Medical and sanitary report of the native army of Madras for the year
Year: 1872
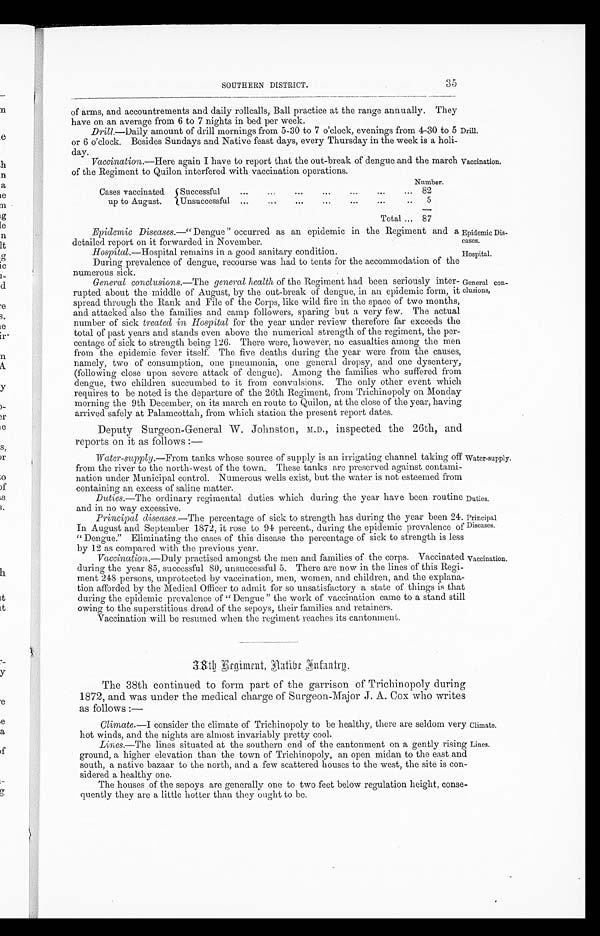
35
SOUTHERN DISTRICT
of arms, and accountrements and daily rollcalls, Ball practice at the range annually. They
have on an average from 6 to 7 nights in bed per week.
Drill.— Daily amount of drill mornings from 5-30 to 7 o'clock, evenings from 4-30 to 5 Drill .
or 6 o’clock. Besides Sundays and Native feast days, every Thursday in the week is a holi-
day.
Vaccination .—Here again I have to report that the out-break of dengue and the march Vaccination .
of the Regiment to Quilon interfered with vaccination operations.
Number.
Cases vaccinated
up to August.
Successful
...
...
...
...
...
...
...
82
Unsuccessful ...
..,
...
...
...
...
... 5
Total ... 87
Epidemic Diseases.—“ Dengue " occurred as an epidemic in the Regiment and a. EpidemicDis
¬
detailed report on it forwarded in November.
eases.
Hospital .—Hospital remains in a good sanitary condition.
.
During prevalence of dengue, recourse was had to tents for the accommodation of the
numerous sick.
General conclusions.— The general health of the Regiment had been seriously inter- General con-
rupted about the middle of August, by the out-break of dengue, in an epidemic form, it clusions,
spread through the Rank and File of the Corps, like wild fire in the space of two months,
and attacked also the families and camp followers, sparing but a very few. The actual
number of sick treated in Hospital for the year under review therefore far exceeds the
total of past years and stands even above the numerical strength of the regiment, the per-
centage of sick to strength being 126. There were, however, no casualties among the men
from the epidemic fever itself The five deaths during the year were from the causes,
namely, two of consumption, one pneumonia, one general dropsy, and one dysentery,
(following close upon severe attack of dengue). Among the families who suffered from
dengue, two children succumbed to it from convulsions. The only other event which
requires to be noted is the departure of the 26th Regiment, from Trichinopoly on Monday
morning the 9th December, on its march en route to Quilon, at the close of the year, having
arrived safely at Palamcottah, from which station the present report dates.
Deputy Surgeon-General W. Johnston, M.D., inspected the 26th, and
reports on it as follows :—
Water-supply .—From tanks whose source of supply is an irrigating channel taking off Water-supply.
from the river to the north-west of the town. These tanks are preserved against contami-
nation under Municipal control. Numerous wells exist, but the water is not esteemed from
containing an excess of saline matter.
Duties.—The ordinary regimental duties which during the year have been routine Duties.
and in no way excessive.
Principal diseases.—The percentage of sick to strength has during the year been 24. Principal
In August and September 1872, it rose to 94 percent., during the epidemic prevalence of Diseases.
“ Dengue.” Eliminating the cases of this disease the percentage of sick to strength is less
by 12 as compared with the previous year.
Vaccination.—Duly practised amongst the men and families of the corps. Vaccinated Vaccination.
during the year 85, successful 80, unsuccessful 5. There are now in the lines of this Regi-
ment 248 persons, unprotected by vaccination, men, women, and children, and the explana-
tion afforded by the Medical Officer to admit for so unsatisfactory a state of things is that
during the epidemic prevalence of “Dengue ” the work of vaccination came to a stand still
owing to the superstitious dread of the sepoys, their families and retainers.
Vaccination will be resumed when the regiment reaches its cantonment.
3 8
ţ
1
)
.
Z i a t i b t
The 38th continued to form part of the garrison of Trichichnopoly during
1872, and was under the medical charge of Surgeon-Major J. A. Cox who writes
as follows :—
Climate—I consider the climate of Trichinopoly to be healthy, there are seldom very Climate.
hot winds, and the nights are almost invariably pretty cool.
Lines.— The lines situated at the southern end of the cantonment on a gently rising Lines.
ground, a higher elevation than the town of Trichinopoly, an open midan to the east and
south, a native bazaar to the north, and a few scattered houses to the west, the site is con-
sidered a healthy one.
The houses of the sepoys are generally one to two feet below regulation height, conse-
quently they are a little hotter than they ought to be.